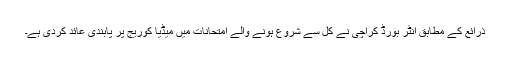
ذرائع کے مطابق انٹر بورڈ کراچی نے کل سے شروع ہونے والے امتحانات میں میڈیا کوریج پر پابندی عائد کردی ہے۔